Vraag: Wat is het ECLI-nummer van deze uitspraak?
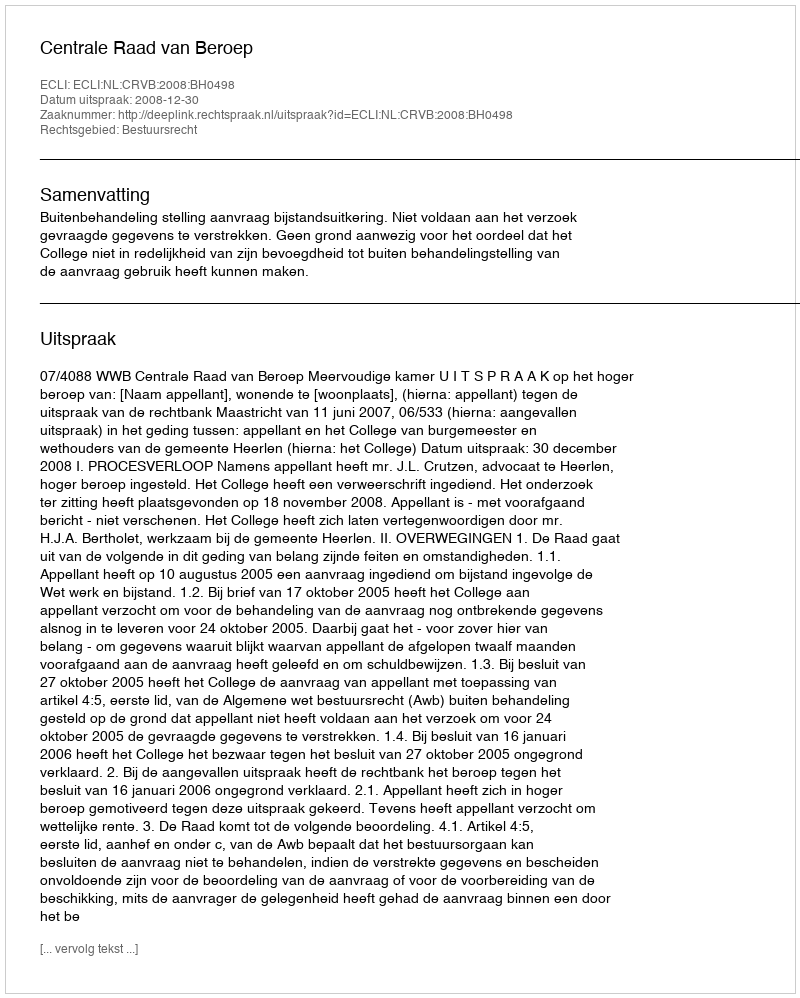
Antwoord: ECLI:NL:CRVB:2008:BH0498